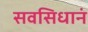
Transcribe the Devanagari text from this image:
सवसिधानं